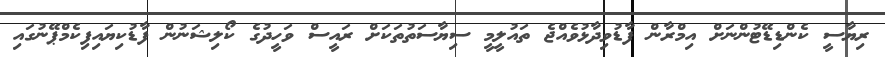
ރިޔާސީ ކެންޑިޑޭޓުންނަށް އިމްރާން ފާޑުވިދާޅުވެއްޖެ ތައުލީމީ ސިޔާސަތުތަކަށް ރައީސް ވަހީދުގެ ކޯލިޝަނުން ފާޑުކިޔައިފިކެމްޕޭނުގައި